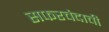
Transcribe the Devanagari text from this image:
सफरचंदाची